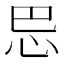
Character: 𰑈